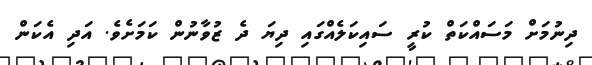
ދިނުމަށް މަސައްކަތް ކުރީ ސައިކަލެއްގައި ދިޔަ ދެ ޒުވާނުން ކަމަށެވެ. އަދި އެކަން